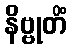
နိဗ္ဗုတိံ